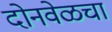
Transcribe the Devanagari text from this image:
दोनवेळचा